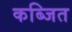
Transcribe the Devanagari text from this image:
कब्जित